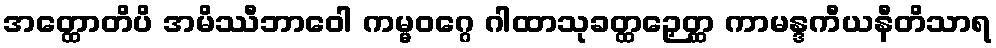
အတ္ထောတိပိ အမိဿီဘာဝေါ ကမ္မဝဂ္ဂေ ဂါထာသုခတ္ထဉှေတ္ထ ကာမန္ဒကီယနီတိသာရ